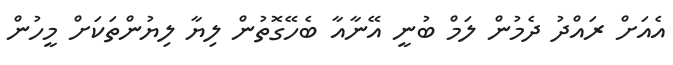
އެއަށް ރައްދު ދެމުން ލަމް ބުނީ އޭނާއާ ބެހޭގޮތުން ލިޔާ ލިޔުންތަކަށް މީހުން